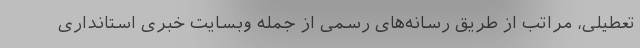
تعطیلی، مراتب از طریق رسانه‌های رسمی از جمله وبسایت خبری استانداری